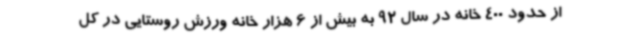
از حدود 400 خانه در سال 92 به بیش از 6 هزار خانه ورزش روستایی در کل